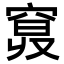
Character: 𥦦